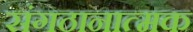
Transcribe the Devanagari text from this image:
संगठानात्मक